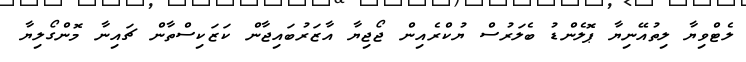
ލެޓްވިޔާ ލިތުއޭނިޔާ ޕޮލެންޑު ބެލަރުސް ޔުކްރެއިން ޖޯޖިޔާ އާޒަރުބައިޖާން ކަޒަކިސްތާން ޗައިނާ މޮންގޯލިޔާ